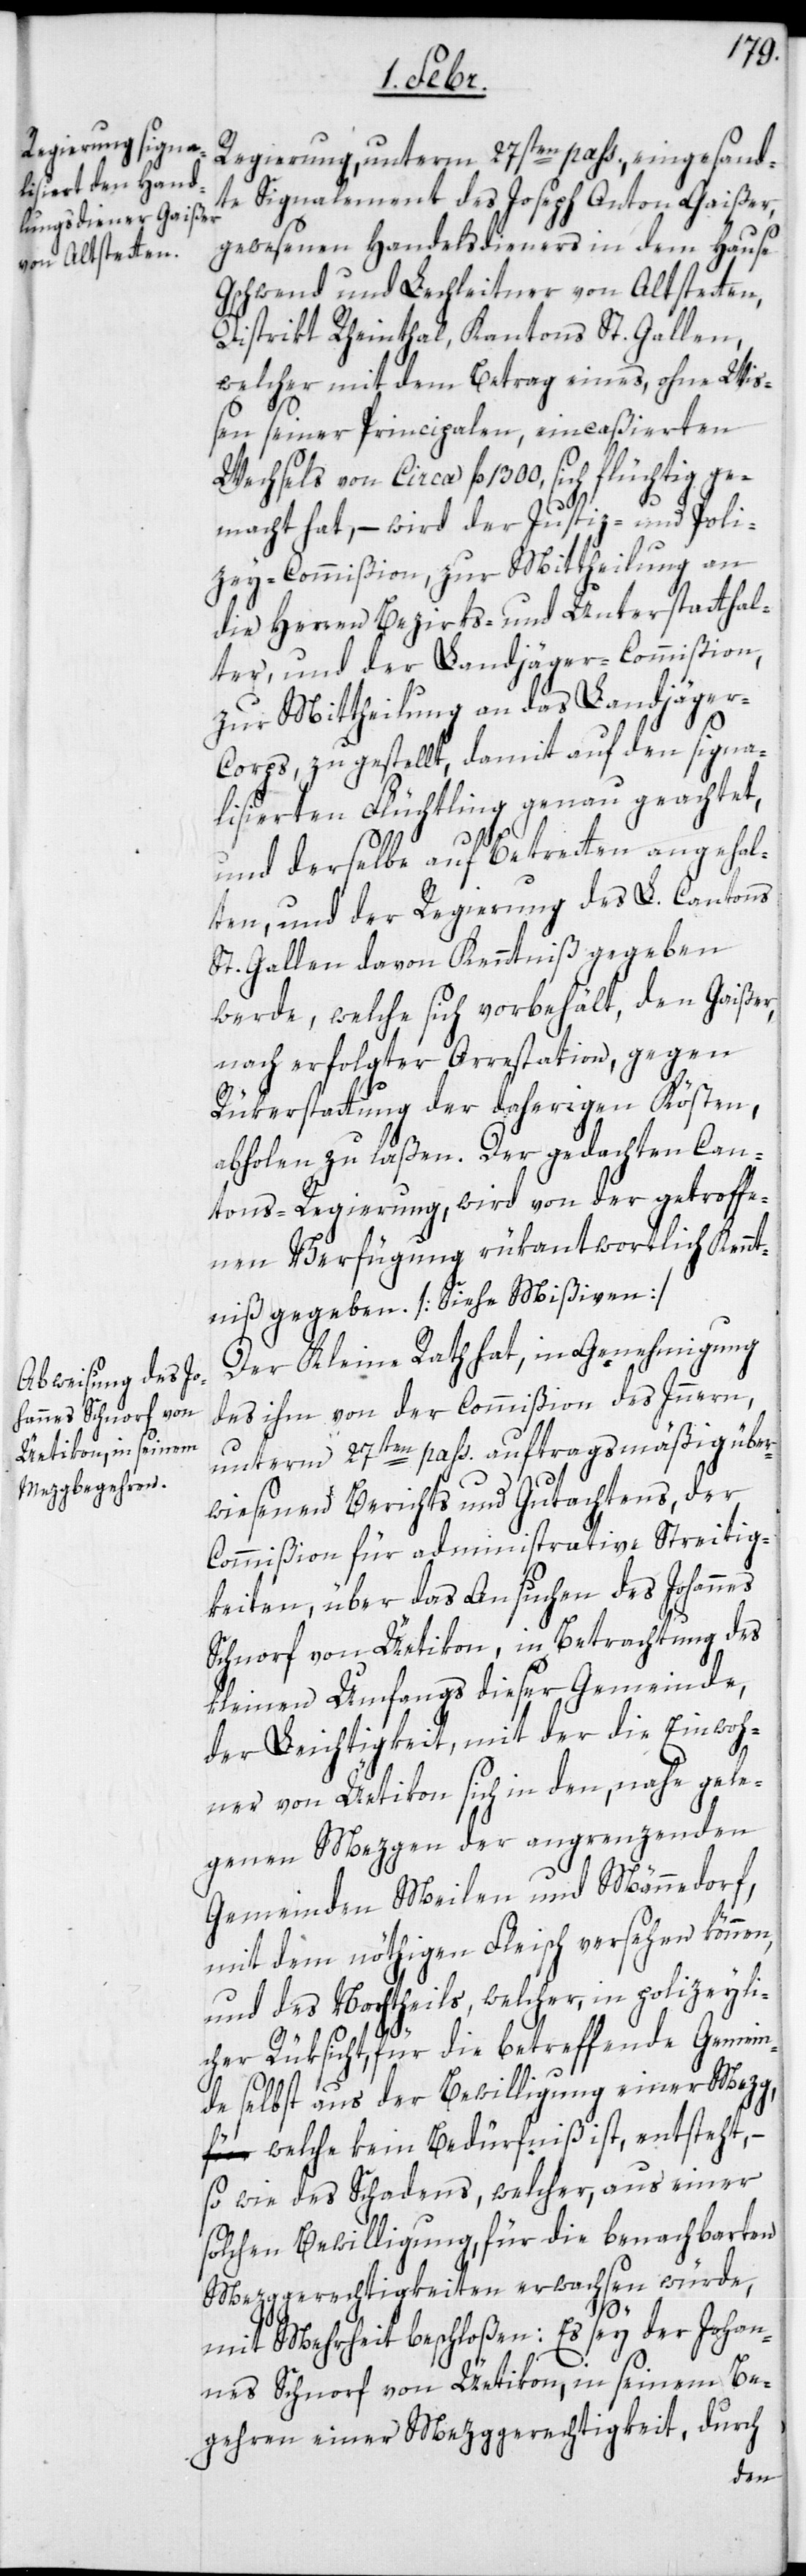
Regierung, unterm 27sten pass., eingesand¬
te Signalement des Joseph Anton Gaißer,
gewesenen Handelsdieners in dem Hause
Gschwend & Lechleitner von Altstetten,
Distrikt Rheinthal, Kantons St. Gallen,
welcher mit dem Betrag eines, ohne Wiß¬
en seiner Principalen, eincaßierten
Wechsels von circa fl. 1300, sich flüchtig ge¬
macht hat, – wird der Justiz- und Poli¬
zey-Commißion, zur Mittheilung an
die Herren Bezirks- und Unterstatthal¬
ter, und der Landjäger-Commißion,
zur Mittheilung an das Landjäge¬
r-Corps, zugestellt, damit auf den signa¬
lisierten Flüchtling genau geachtet,
und derselbe auf Betretten angehal¬
ten, und der Regierung des L. Cantons
St. Gallen davon Kenntniß gegeben
werde, welche sich vorbehält, den Gaißer,
nach erfolgter Arrestation, gegen
Rükerstattung der daherigen Kösten,
abholen zu laßen. Der gedachten Can¬
tons-Regierung, wird von der getroffe¬
nen Verfügung rükantwortlich Kennt¬
niß gegeben [siehe Mißiven].
Der Kleine Rath hat, in Genehmigung
des ihm von der Commißion des Inneren,
unterm 27sten pass. auftragsmäßig über¬
wiesenen Berichts und Gutachtens, der
Commißion für administrative Streitig¬
keiten, über das Ansuchen des Johannes
Schnorf von Üetikon, in Betrachtung des
kleinen Umfangs dieser Gemeinde,
der Leichtigkeit, mit der die Einwoh¬
ner von Üetikon sich in den, nahe gele¬
genen Mezgen der angrenzenden
Gemeinden Meilen und Männedorf,
mit dem nöthigen Fleisch versehen können,
und des Nachtheils, welcher, in polizeyli¬
cher Rüksicht, für die betreffende Gemein¬
de selbst aus der Bewilligung einer Mez¬
g, welche kein Bedürfniß ist, entsteht, –
sowie des Schadens, welcher, aus einer
solchen Bewilligung, für die benachbarten
Mezggerechtigkeiten erwachsen würde,
mit Mehrheit beschloßen: Es sey der Johan¬
nes Schnorf von Üetikon, in seinem Be¬
gehren einer Mezggerechtigkeit, durch